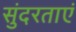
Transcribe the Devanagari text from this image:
सुंदरताएं